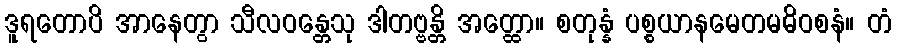
ဒူရတောပိ အာနေတွာ သီလဝန္တေသု ဒါတဗ္ဗန္တိ အတ္ထော။ စတုန္နံ ပစ္စယာနမေတမဓိဝစနံ။ တံ